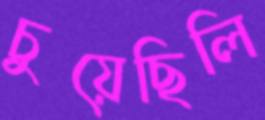
চুয়েছিলি